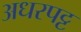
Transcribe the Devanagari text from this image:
अधरपट्ट